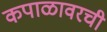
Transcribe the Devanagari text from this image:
कपाळावरची